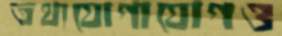
তথ্যযোগাযোগও